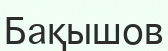
Бақышов